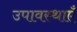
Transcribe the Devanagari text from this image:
उपावस्थाएँ